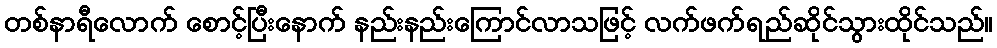
တစ်နာရီလောက် စောင့်ပြီးနောက် နည်းနည်းကြောင်လာသဖြင့် လက်ဖက်ရည်ဆိုင်သွားထိုင်သည်။